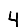
Digit: 4